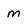
Character: m